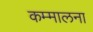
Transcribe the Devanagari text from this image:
कम्मालना